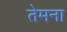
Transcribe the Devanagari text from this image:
तेमना